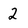
Character: 2